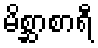
မိစ္ဆာစာရီ